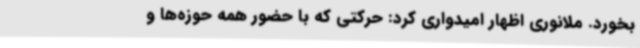
بخورد. ملانوری اظهار امیدواری کرد: حرکتی که با حضور همه حوزه‌ها و